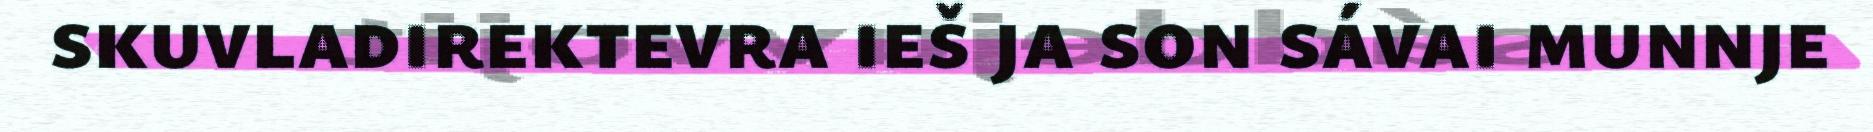
skuvladirektevra ieš ja son sávai munnje